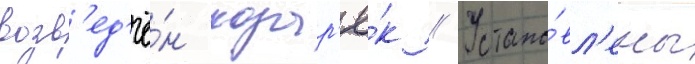
возв'ед'ё́н козыр'ё́к // Устано́вл'ены